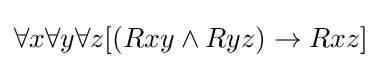
\forall x\forall y\forall z[(Rxy\land Ryz)\rightarrow Rxz]